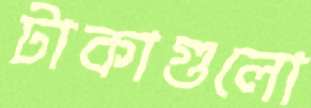
টাকাগুলো